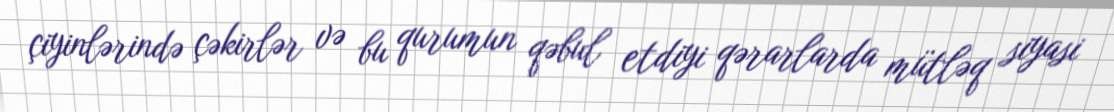
çiyinlərində çəkirlər və bu qurumun qəbul etdiyi qərarlarda mütləq siyasi